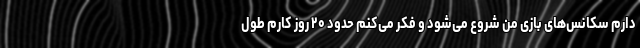
دارم سکانس‌های بازی من شروع می‌شود و فکر می‌کنم حدود ۲۰ روز کارم طول